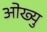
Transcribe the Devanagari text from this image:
ओख्यु